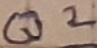
Text: Q2